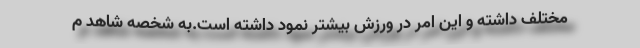
مختلف داشته و این امر در ورزش بیشتر نمود داشته است.به شخصه شاهد م